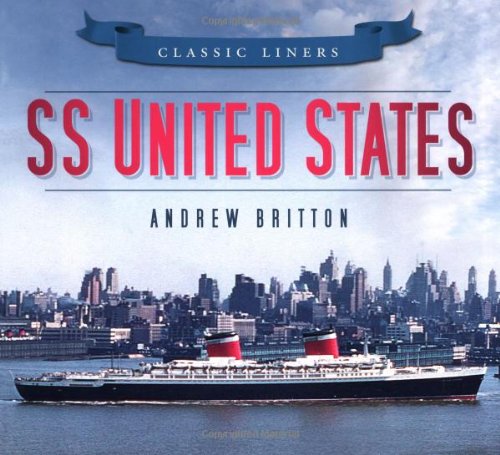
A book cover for SS United States (Classic Liners); Andrew Britton; Arts & Photography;